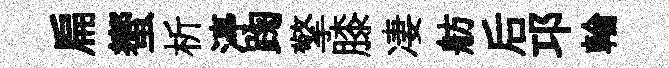
扁蠁析渟踘擎膝凄舫后邛輪